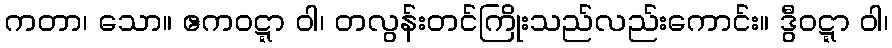
ကတာ၊ သော။ ဧကဝဋ္ဋာ ဝါ၊ တလွန်းတင်ကြိုးသည်လည်းကောင်း။ ဒွီဝဋ္ဋာ ဝါ၊